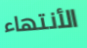
الأنتهاء